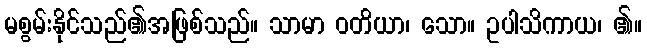
မစွမ်းနိုင်သည်၏အဖြစ်သည်။ သာမာ ဝတိယာ၊ သော။ ဥပါသိကာယ၊ ၏။